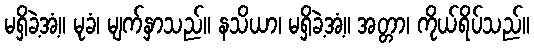
မရှိခဲ့အံ့။ မုခံ၊ မျက်နှာသည်။ နသိယာ၊ မရှိခဲ့အံ့။ အတ္တာ၊ ကိုယ်ရိပ်သည်။